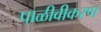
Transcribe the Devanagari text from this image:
पाळीवीकरण